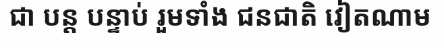
ជា បន្ត បន្ទាប់ រួមទាំង ជនជាតិ វៀតណាម